Vaccination report Assam 1896-1927 - 1896-1927
Year: 1896
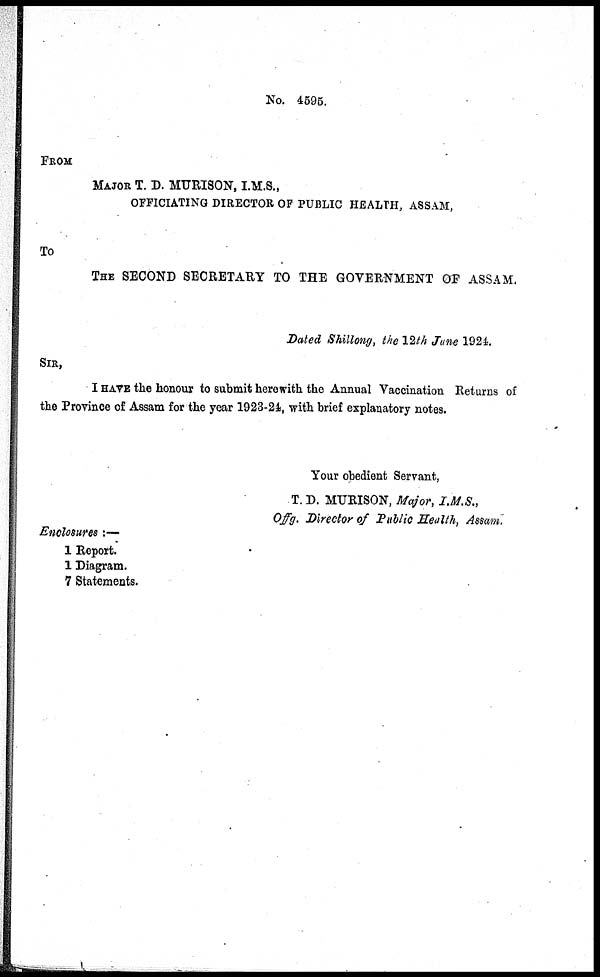
No. 4595.
FROM
MAJOR T. D. MURISON, I.M.S.,
OFFICIATING DIRECTOR OF PUBLIC HEALTH, ASSAM,
To
THE SECOND SECRETARY TO THE GOVERNMENT OF ASSAM.
Dated Shillong, the 12th June 1924.
SIR,
I HAVE the honour to submit herewith the Annual Vaccination Returns of
the Province of Assam for the year 1923-24, with brief explanatory notes.
Your obedient Servant,
T. D. MURISON, Major, I.M.S.,
Offg. Director of Public Health, Assam.
Enclosures :—
1 Report.
1 Diagram.
7 Statements.